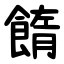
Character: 䭉